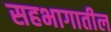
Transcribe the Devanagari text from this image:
सहभागातील